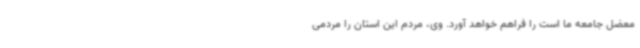
معضل جامعه ما است را فراهم خواهد آورد. وی، مردم این استان را مردمی